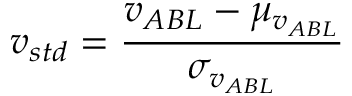
v _ { s t d } = \frac { v _ { A B L } - \mu _ { v _ { A B L } } } { \sigma _ { v _ { A B L } } }